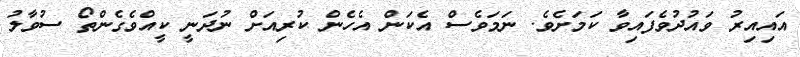
އައިއިރު ވައުދުވެފައިވާ ކަމަށެވެ. ނަމަވެސް އެކަން އެހެން ކުރިއަށް ނުދަނީ ކީއްވެގެންތޯ ސުވާލު